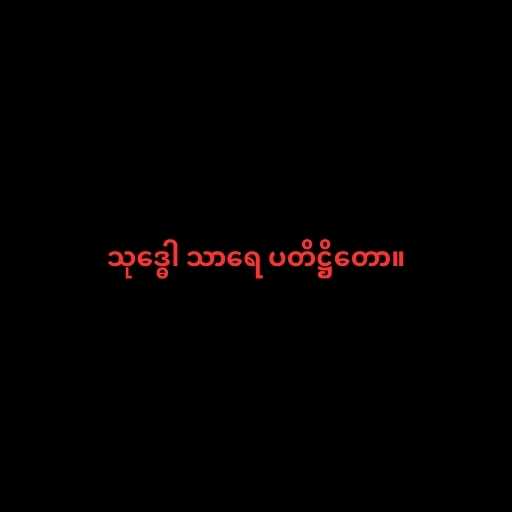
သုဒ္ဓေါ သာရေ ပတိဋ္ဌိတော။